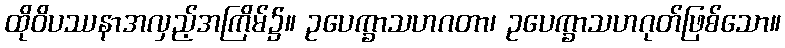
ထိုဝိပဿနာအလှည့်အကြိမ်၌။ ဥပေက္ခာသဟဂတာ၊ ဥပေက္ခာသဟဂုတ်ဖြစ်သော။